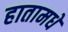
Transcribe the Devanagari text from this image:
हातामधे